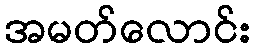
အမတ်လောင်း